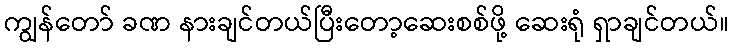
ကျွန်တော် ခဏ နားချင်တယ်ပြီးတော့ဆေးစစ်ဖို့ ဆေးရုံ ရှာချင်တယ်။